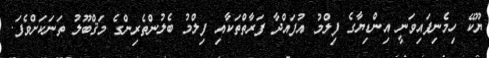
ޔޫކޭ ހިމެނިފައިވަނީ އިންޑިޔާގެ ފިލްމު އުފައްދާ ފަރާތްތަކާއި ފިލްމު ބެލުންތެރިންގެ މަޤްބޫލު ތަނަކަށްވެފަ.